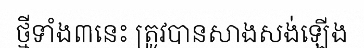
ថ្មីទាំង៣នេះ ត្រូវបានសាងសង់ឡើង